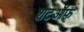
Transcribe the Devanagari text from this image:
शटऑफ